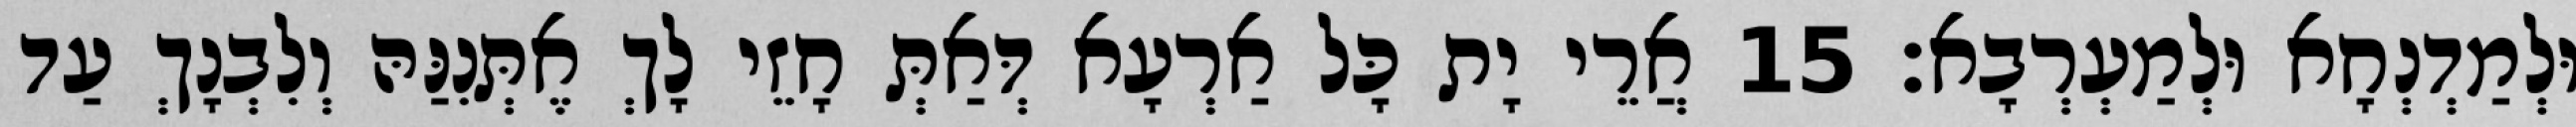
וּלְמַדְנְחָא וּלְמַעְרְבָא׃ 15 אֲרֵי יָת כָּל אַרְעָא דְּאַתְּ חָזֵי לָךְ אֶתְּנִנַּהּ וְלִבְנָךְ עַד